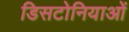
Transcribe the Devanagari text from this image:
डिसटोनियाओं